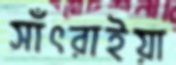
সাঁৎরাইয়া